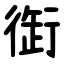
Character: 衘